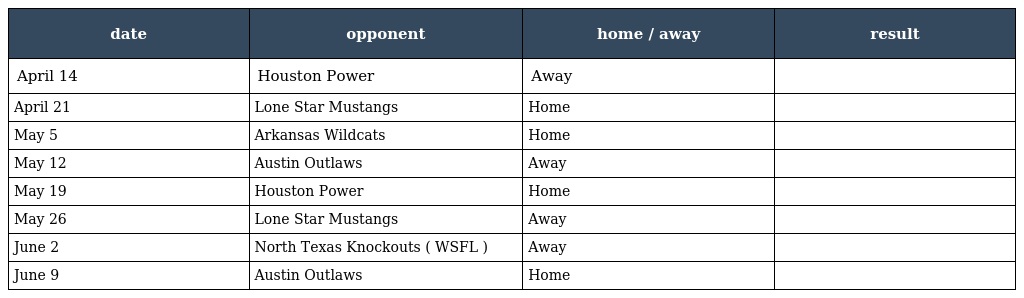
| date | opponent | home / away | result |
 | --- | --- | --- | --- |
 | April 14 | Houston Power | Away |  |
 | April 21 | Lone Star Mustangs | Home |  |
 | May 5 | Arkansas Wildcats | Home |  |
 | May 12 | Austin Outlaws | Away |  |
 | May 19 | Houston Power | Home |  |
 | May 26 | Lone Star Mustangs | Away |  |
 | June 2 | North Texas Knockouts ( WSFL ) | Away |  |
 | June 9 | Austin Outlaws | Home |  |